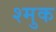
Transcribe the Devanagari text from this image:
श्मुक